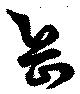
岳